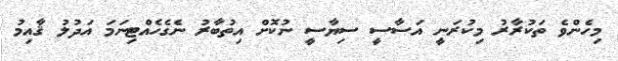
މިހެންވެ ތަކުރާރު މިކުރަނީ އަސާސީ ސިޔާސީ ނުކޮށް އިތުބާރު ނެގެހެއްޓިނަމަ އަދުލު ޤާއިމު